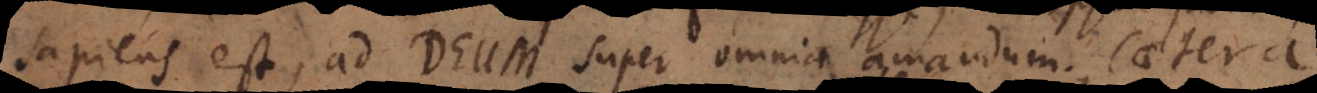
sapiens est, ad Deum super omnia amandum; caetera